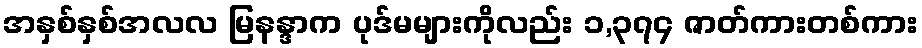
အနှစ်နှစ်အလလ မြနန္ဒာက ပုဒ်မများကိုလည်း ၁,၃၇၄ ဇာတ်ကားတစ်ကား